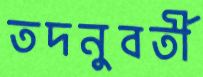
তদনুবর্তী